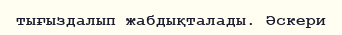
тығыздалып жабдықталады. Әскери